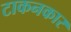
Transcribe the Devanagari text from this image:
टाकनकार